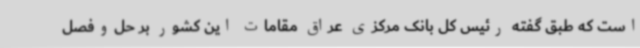
است که طبق گفته رئیس کل بانک مرکزی عراق مقامات این کشور بر حل‌وفصل